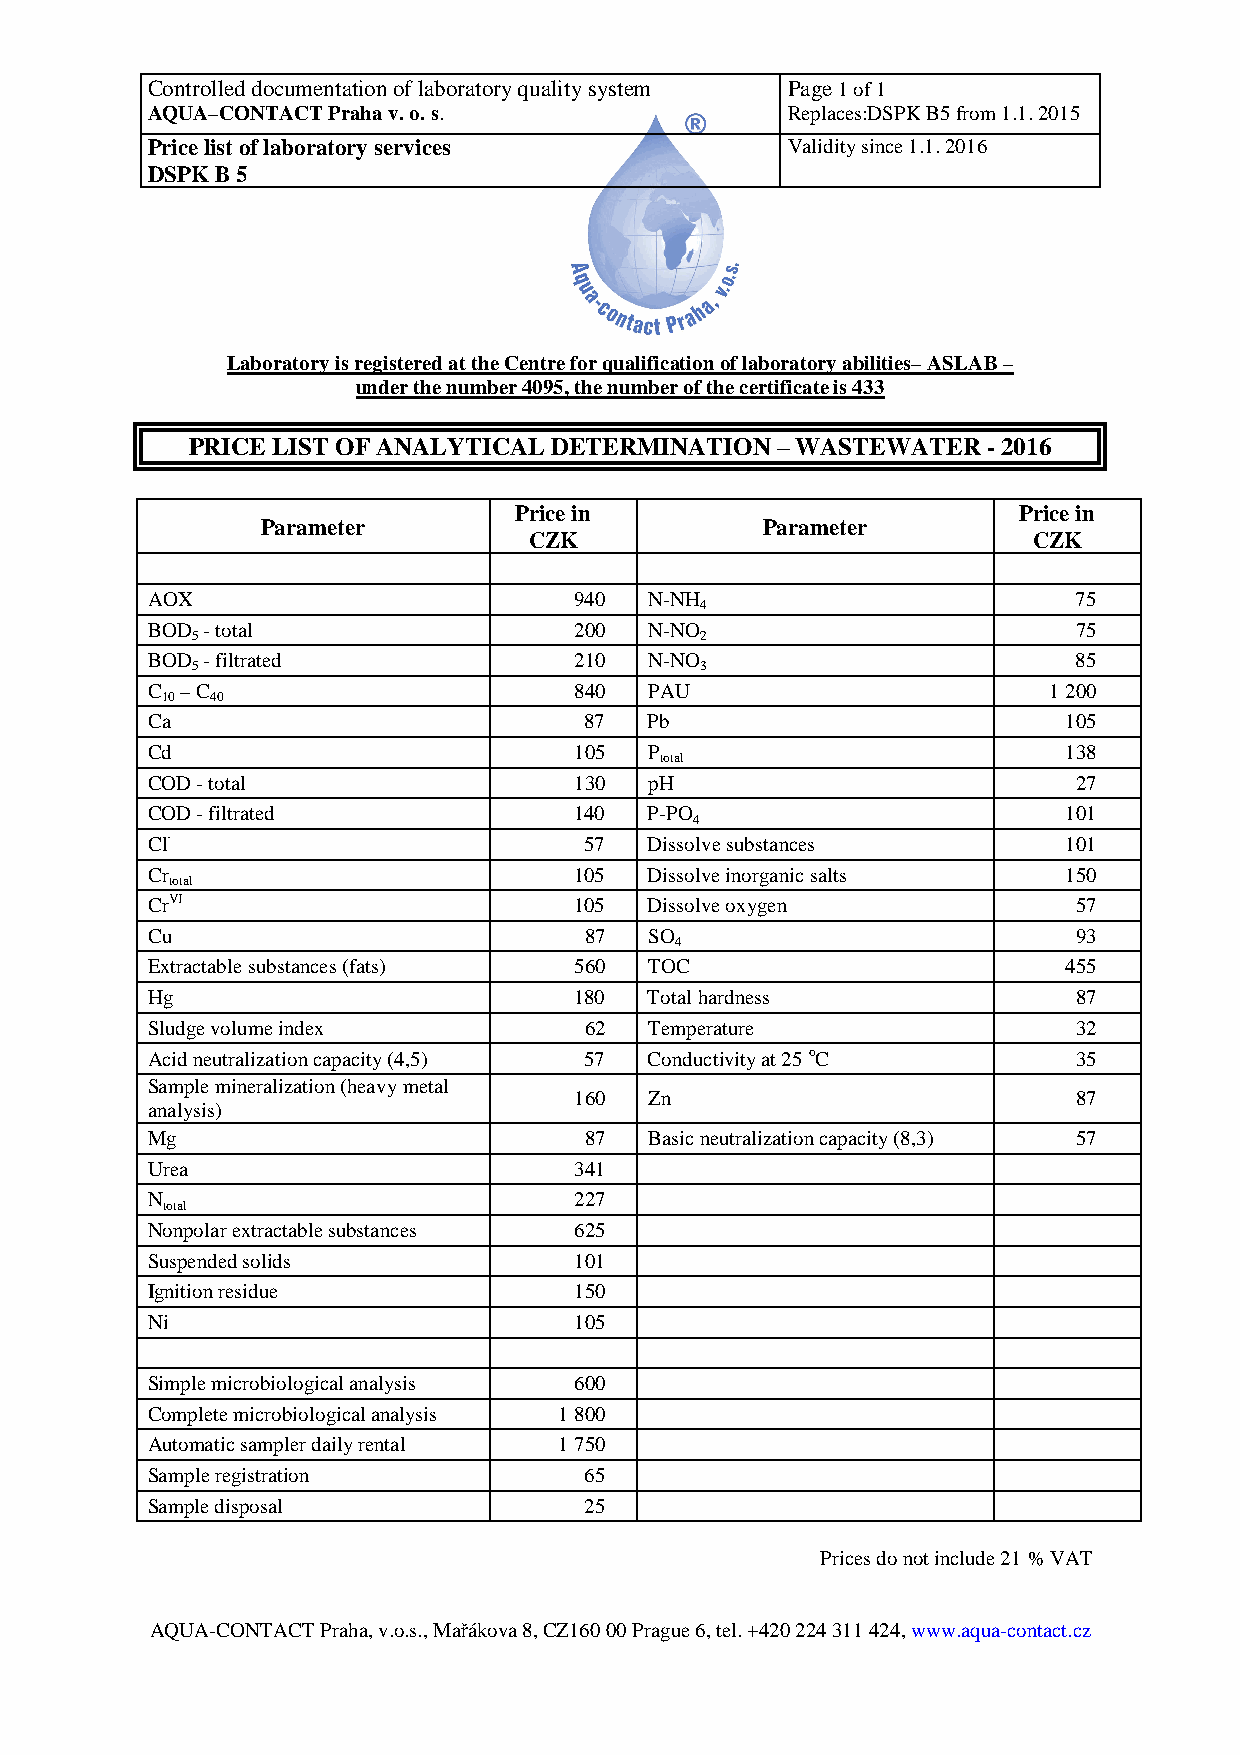
Controlled documentation of laboratory quality system Page 1 of 1
 AQUA–CONTACT Praha v. o. s.               Replaces:DSPK B5 from 1.1. 2015
 Price list of laboratory services         Validity since 1.1. 2016
 DSPK B 5
 Laboratory is registered at the Centre for qualification of laboratory abilities– ASLAB –
 under the number 4095, the number of the certificate is 433
 PRICE LIST OF ANALYTICAL DETERMINATION – WASTEWATER  - 2016
 Price in                         Price in
 Parameter                        Parameter
 CZK                              CZK
 AOX                         940  N-NH                        75
 4
 BOD - total                 200  N-NO                        75
 5                                2
 BOD - filtrated             210  N-NO                        85
 5                                3
 C – C                       840  PAU                       1 200
 10 40
 Ca                           87  Pb                          105
 Cd                          105  P                           138
 total
 COD - total                 130  pH                          27
 COD - filtrated             140  P-PO                        101
 4
 Cl-                          57  Dissolve substances         101
 Cr                          105  Dissolve inorganic salts    150
 total
 CrVI                        105  Dissolve oxygen             57
 Cu                           87  SO                          93
 4
 Extractable substances (fats) 560 TOC                        455
 Hg                          180  Total hardness              87
 Sludge volume index          62  Temperature                 32
 Acid neutralization capacity (4,5) 57 Conductivity at 25 oC  35
 Sample mineralization (heavy metal
 160  Zn                          87
 analysis)
 Mg                           87  Basic neutralization capacity (8,3) 57
 Urea                        341
 N                           227
 total
 Nonpolar extractable substances 625
 Suspended solids            101
 Ignition residue            150
 Ni                          105
 Simple microbiological analysis 600
 Complete microbiological analysis 1 800
 Automatic sampler daily rental 1 750
 Sample registration          65
 Sample disposal              25
 Prices do not include 21 % VAT
 AQUA-CONTACT Praha, v.o.s., Mařákova 8, CZ160 00 Prague 6, tel. +420 224 311 424, www.aqua-contact.cz